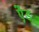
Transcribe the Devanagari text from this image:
एेंड